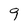
Character: 9